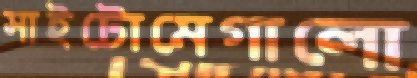
সাইটোমেগালো